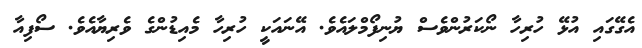
އެގޭގައި އުޅޭ ހުރިހާ ނޯކަރުންވެސް ޔުނިފޯމްލައެވެ. އޭނައަކީ ހުރިހާ މެއިޑުންގެ ވެރިޔާއެވެ. ސޯފިއާ